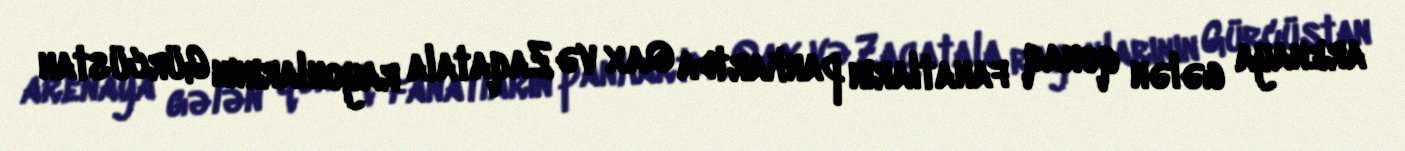
arenaya gələn qonaq fanatların pankartda Qax və Zaqatala rayonlarının Gürcüstan